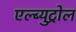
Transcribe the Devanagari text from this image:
एल्ब्युट्रोल